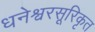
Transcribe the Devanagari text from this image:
धनेश्वरसूरिकृत